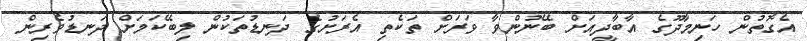
އެގޮތުން ހަނިމާދޫގެ އާބާދީއަށް ބޭނުންވާ ވަަރަށް ތަކެތި އެރަށުގެ ދަނޑުތަކުން ލިބޭކަމަށް ދަނޑުވެރިން